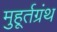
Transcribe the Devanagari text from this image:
मुहूर्तग्रंथ